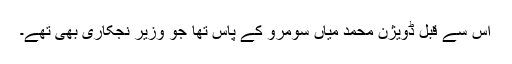
اس سے قبل ڈویژن محمد میاں سومرو کے پاس تھا جو وزیر نجکاری بھی تھے۔